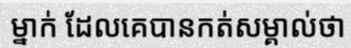
ម្នាក់ ដែលគេបានកត់សម្គាល់ថា